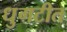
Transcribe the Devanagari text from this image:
धुगटीत